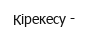
Кірекесу -